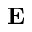
\mathbf { E }